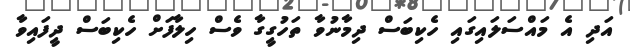
އަދި އެ މައްސަލައިގައި ހެކިބަސް ދިމާނުވާ ތަހުގީގާ ވެސް ހިލާފަށް ހެކިބަސް ދީފައިވާ